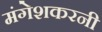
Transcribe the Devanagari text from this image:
मंगेशकरनी